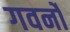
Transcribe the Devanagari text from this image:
गवर्नो